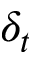
\delta _ { t }